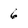
Character: 6